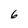
Character: 6